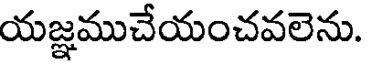
యజ్ఞముచేయంచవలెను.